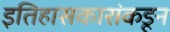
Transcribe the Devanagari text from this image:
इतिहासकारांकडून